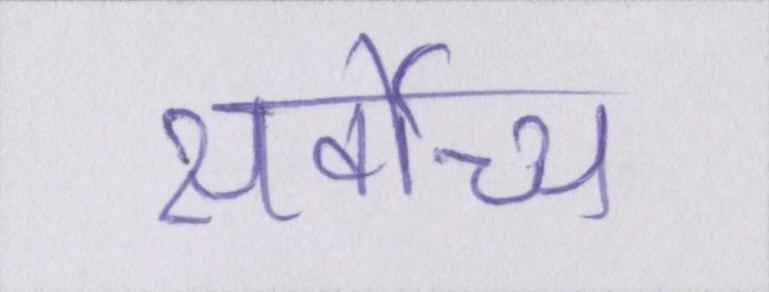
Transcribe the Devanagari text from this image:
सर्वोच्च